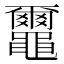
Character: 𪓿